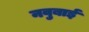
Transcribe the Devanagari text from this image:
नवुबाई